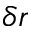
\delta r